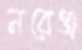
নরেঞ্জ